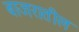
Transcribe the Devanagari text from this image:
बाजरातील